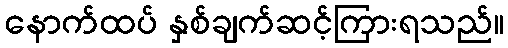
နောက်ထပ် နှစ်ချက်ဆင့်ကြားရသည်။